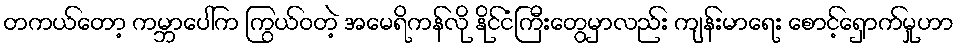
တကယ်တော့ ကမ္ဘာပေါ်က ကြွယ်ဝတဲ့ အမေရိကန်လို နိုင်ငံကြီးတွေမှာလည်း ကျန်းမာရေး စောင့်ရှောက်မှုဟာ